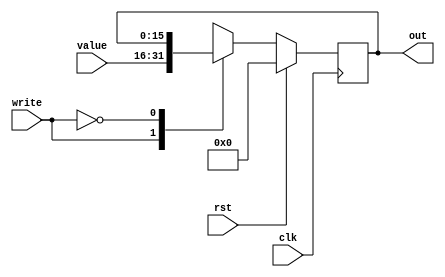
/*
   This file was generated automatically by the Mojo IDE version B1.3.6.
   Do not edit this file directly. Instead edit the original Lucid source.
   This is a temporary file and any changes made to it will be destroyed.
*/

module register_20 (
    input clk,
    input rst,
    input write,
    input [15:0] value,
    output reg [15:0] out
  );
  
  
  
  reg [15:0] M_reg_d, M_reg_q = 1'h0;
  
  always @* begin
    M_reg_d = M_reg_q;
    
    
    case (write)
      1'h1: begin
        M_reg_d = value;
        out = M_reg_q;
      end
      1'h0: begin
        M_reg_d = M_reg_q;
        out = M_reg_q;
      end
      default: begin
        out = 16'h0000;
      end
    endcase
  end
  
  always @(posedge clk) begin
    if (rst == 1'b1) begin
      M_reg_q <= 1'h0;
    end else begin
      M_reg_q <= M_reg_d;
    end
  end
  
endmodule